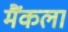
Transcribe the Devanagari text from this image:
मैंकला